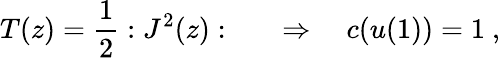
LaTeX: T(z)={\frac{1}{2}}:J^{2}(z):\qquad\Rightarrow\quad c(u(1))=1\ ,